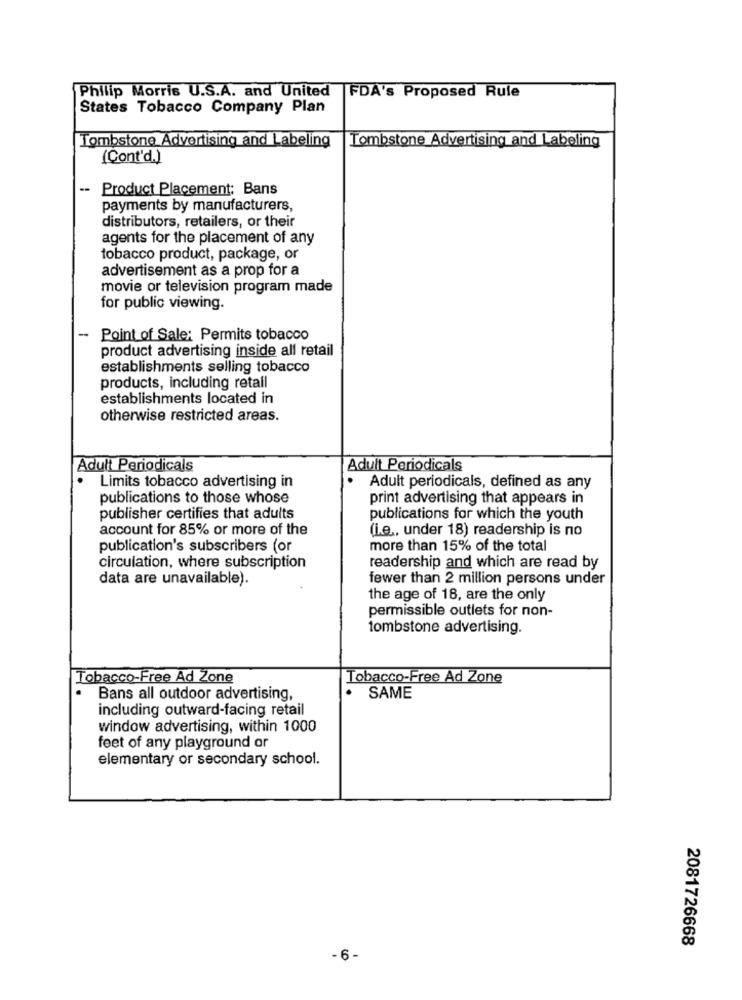
Philip Morris U.S.A. and United
FDA's Proposed Rule
States Tobacco Company Plan
Tombstone Advertising and Labeling
Tombstone Advertising and Labeling
(Cont'd.)
--
Product Placement: Bans
payments by manufacturers,
distributors, retailers, or their
agents for the placement of any
tobacco product, package, or
advertisement as a prop for a
movie or television program made
for public viewing.
-
Point of Sale: Permits tobacco
product advertising inside all retail
establishments selling tobacco
products, including retail
establishments located in
otherwise restricted areas.
Adult Periodicals
Adult Periodicals
.
Limits tobacco advertising in
Adult periodicals, defined as any
publications to those whose
print advertising that appears in
publisher certifies that adults
publications for which the youth
account for 85% or more of the
(Le ., under 18) readership is no
publication's subscribers (or
more than 15% of the total
circulation, where subscription
readership and which are read by
data are unavailable).
fewer than 2 million persons under
the age of 18, are the only
permissible outlets for non-
tombstone advertising.
Tobacco-Free Ad Zone
Tobacco-Free Ad Zone
.
Bans all outdoor advertising,
SAME
including outward-facing retail
window advertising, within 1000
feet of any playground or
elementary or secondary school.
2081726668
-6-